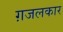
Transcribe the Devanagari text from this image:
ग़जलकार